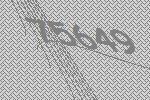
75649